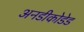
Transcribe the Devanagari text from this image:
अनडीकोडेड